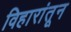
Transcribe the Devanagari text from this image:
विहारांतून